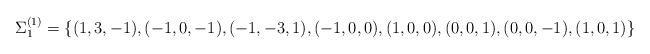
LaTeX: \begin{align*}\Sigma^{(1)}_{1}=\left\{(1,3,-1), (-1,0,-1), (-1,-3,1), (-1,0,0), (1,0,0), (0,0,1), (0,0,-1), (1,0,1)\right\}\end{align*}